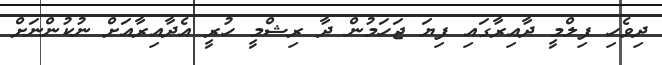
ދިވެހި ފިލްމީ ދާއިރާގައި ފިޔަ ޖަހަމުން ދާ ރިޝްމީ ހުރީ އެދާއިރާއަށް ނުކުންނަށް